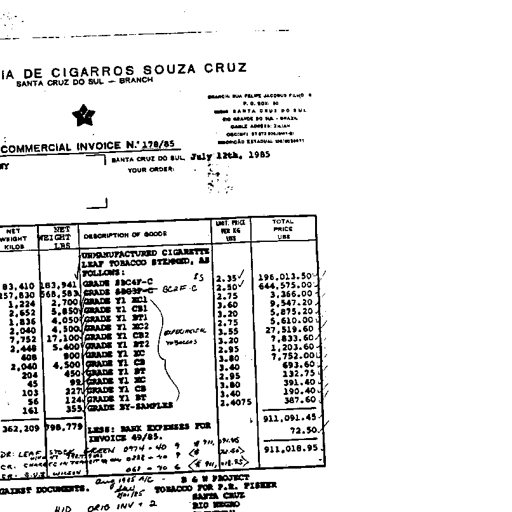
transcription: IA DE CIGARROS SOUZA CRUZ
SANTA CRUZ DO SUL - BRANCH
BRANCH: RUA FELIPE JACOBUS FILHO, 1
P. O. BOX: 50
96800 SANTA CRUZ DO SUL
RIO GRANDE DO SUL - BRAZIL
CABLE ADDRESS: ZALAM
C.G.C. (MF) 33.009.911/0007-61
INSCRIÇÃO ESTADUAL 108/0034411
COMMERCIAL INVOICE N.° 178/85
SANTA CRUZ DO SUL, July 12th, 1985
YOUR ORDER:
NET WEIGHT KILOS NET WEIGHT LBS DESCRIPTION OF GOODS UNIT PRICE PER KG US$ TOTAL PRICE US$
UNMANUFACTURED CIGARETTE LEAF TOBACCO STEMMED, AS FOLLOWS:
83,410 183,941 GRADE BC4F-C ES 2.35 ✓ 196,013.50 ✓
257,830 568,583 GRADE B63F-C BCRF-C 2.50 ✓ 644,575.00 ✓
1,224 2,700 GRADE Y1 XL1 2.75 3,366.00 ✓
2,652 5,850 GRADE Y1 CB1 3.60 9,547.20 ✓
1,836 4,050 GRADE Y1 BT1 3.20 5,875.20 ✓
2,040 4,500 GRADE Y1 XC2 2.75 5,610.00 ✓
7,752 17,100 GRADE Y1 CB2 EXPEDIENTES 3.55 27,519.60 ✓
2,448 5,400 GRADE Y1 BT2 TOBACCOS 3.20 7,833.60 ✓
408 900 GRADE Y1 XC 2.95 1,203.60 ✓
2,040 4,500 GRADE Y1 CB 3.80 7,752.00 ✓
204 450 GRADE Y1 BT 3.40 693.60 ✓
45 99 GRADE Y1 XC 2.95 132.75 ✓
103 227 GRADE Y1 CB 3.80 391.40 ✓
56 124 GRADE Y1 BT 3.40 190.40 ✓
161 355 GRADE SY-SAMPLES 2.4075 387.60 ✓
362,209 798,779 LESS: BANK EXPENSES FOR INVOICE 49/85. 911,091.45 ✓
72.50 ✓
DR: LEAF STOCK GREEN 0974-40 9 # 911,091.45
CR: CHARGES IN TRANSIT 0228-40 9 <72.50>
CR: S.C.Z. WILSON 061-70 6 <# 911,018.95>
911,018.95
Aug 1985 A/C - B & W PROJECT
fau 11/01/85 TOBACCO FOR P.R. FISHER
SANTA CRUZ
RIO NEGRO